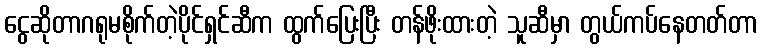
ငွေဆိုတာဂရုမစိုက်တဲ့ပိုင်ရှင်ဆီက ထွက်ပြေးပြီး တန်ဖိုးထားတဲ့ သူဆီမှာ တွယ်ကပ်နေတတ်တာ